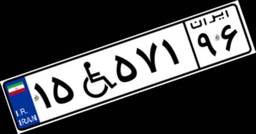
۷۹W۷۶۲۱۸